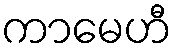
ကာမေဟီ